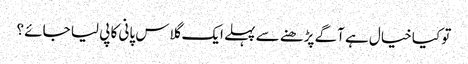
تو کیا خیال ہے آگے پڑھنے سے پہلے ایک گلاس پانی کا پی لیا جائے ؟